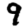
Digit: 9